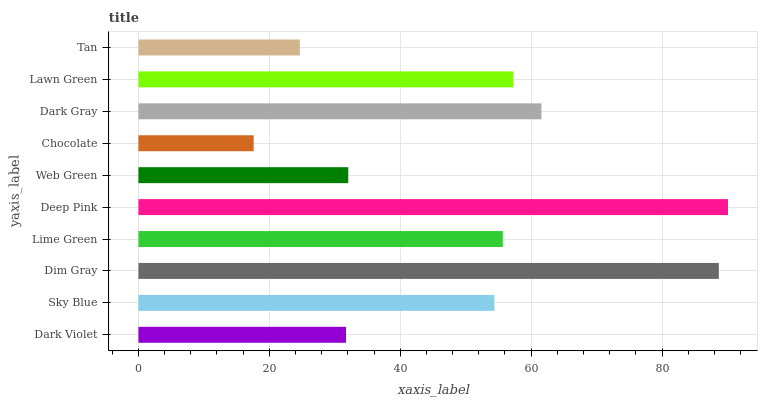
| yaxis_label | bars |
 | --- | --- |
 | Dark Violet | 31.7 |
 | Sky Blue | 54.4 |
 | Dim Gray | 88.7 |
 | Lime Green | 55.7 |
 | Deep Pink | 90.1 |
 | Web Green | 32.1 |
 | Chocolate | 17.6 |
 | Dark Gray | 61.6 |
 | Lawn Green | 57.3 |
 | Tan | 24.7 |